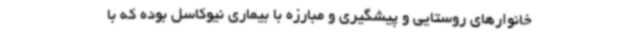
خانوارهای روستایی و پیشگیری و مبارزه با بیماری نیوکاسل بوده که با